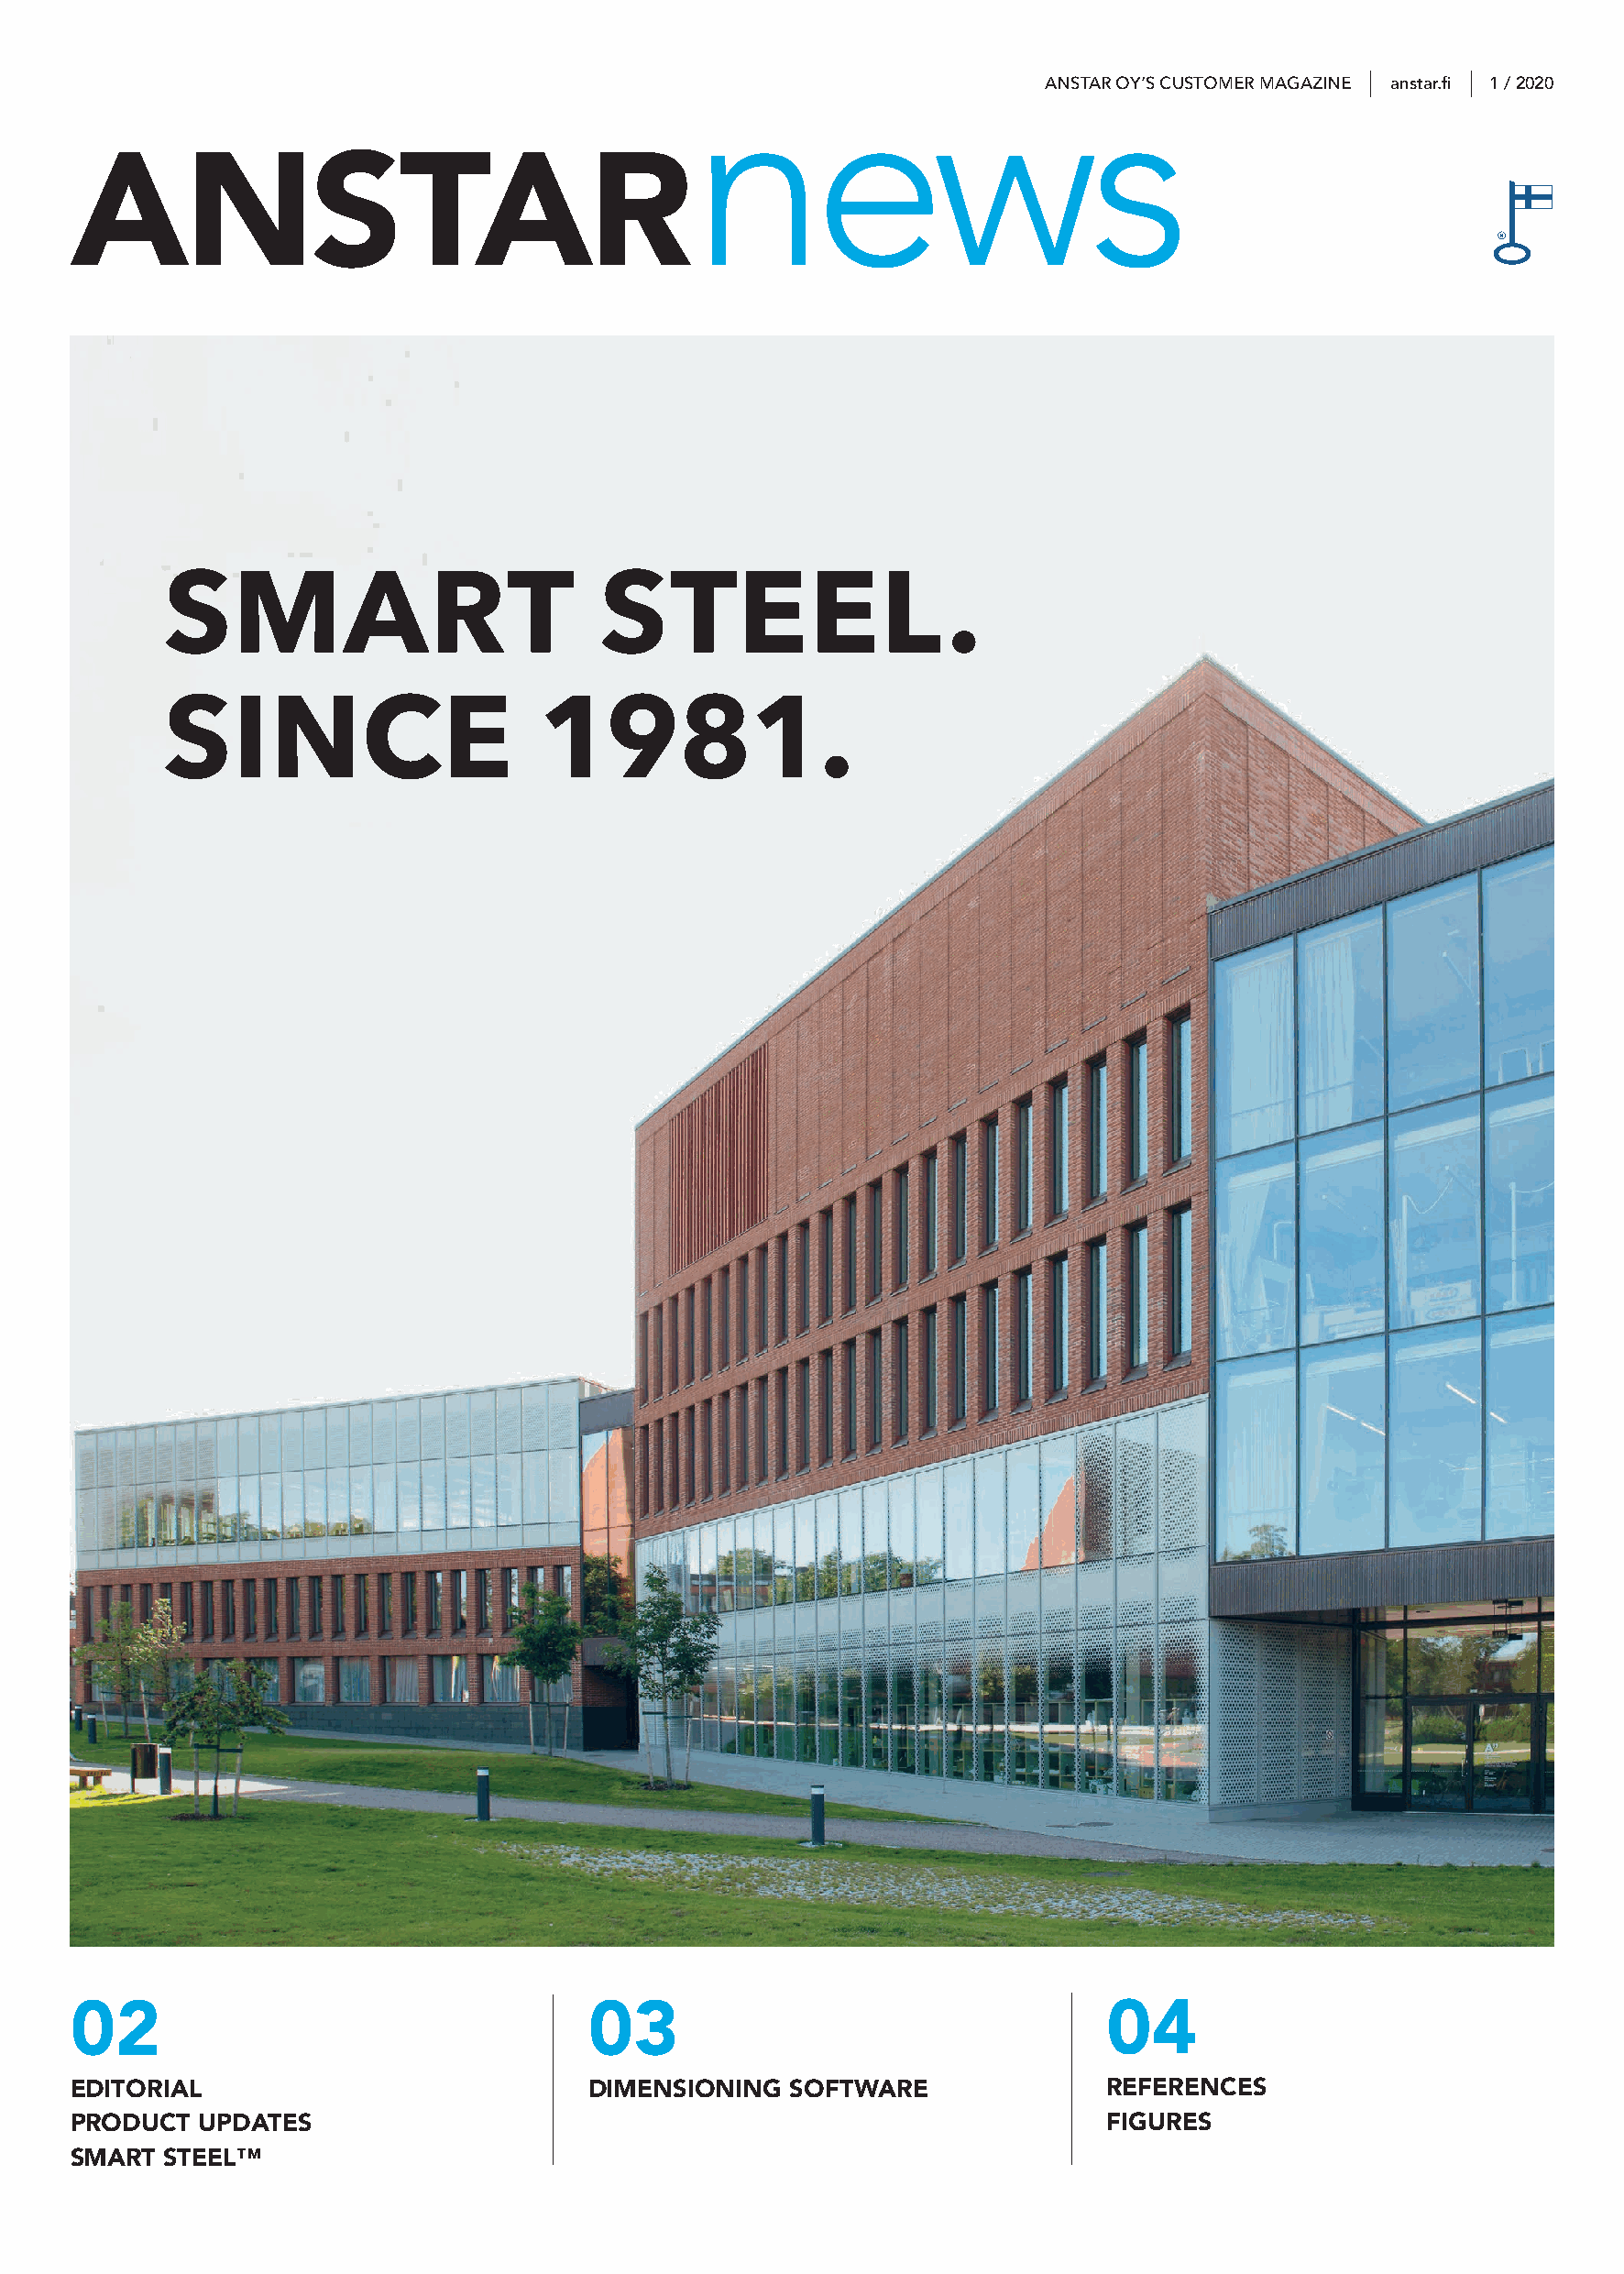
ANSTAR OY’S CUSTOMER MAGAZINE anstar.fi 1 / 2020
 news
 ANSTAR
 02                                   03                                    04
 EDITORIAL                            DIMENSIONING   SOFTWARE               REFERENCES
 PRODUCT  UPDATES                                                           FIGURES
 SMART  STEEL™